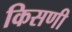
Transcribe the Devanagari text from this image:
किसणी